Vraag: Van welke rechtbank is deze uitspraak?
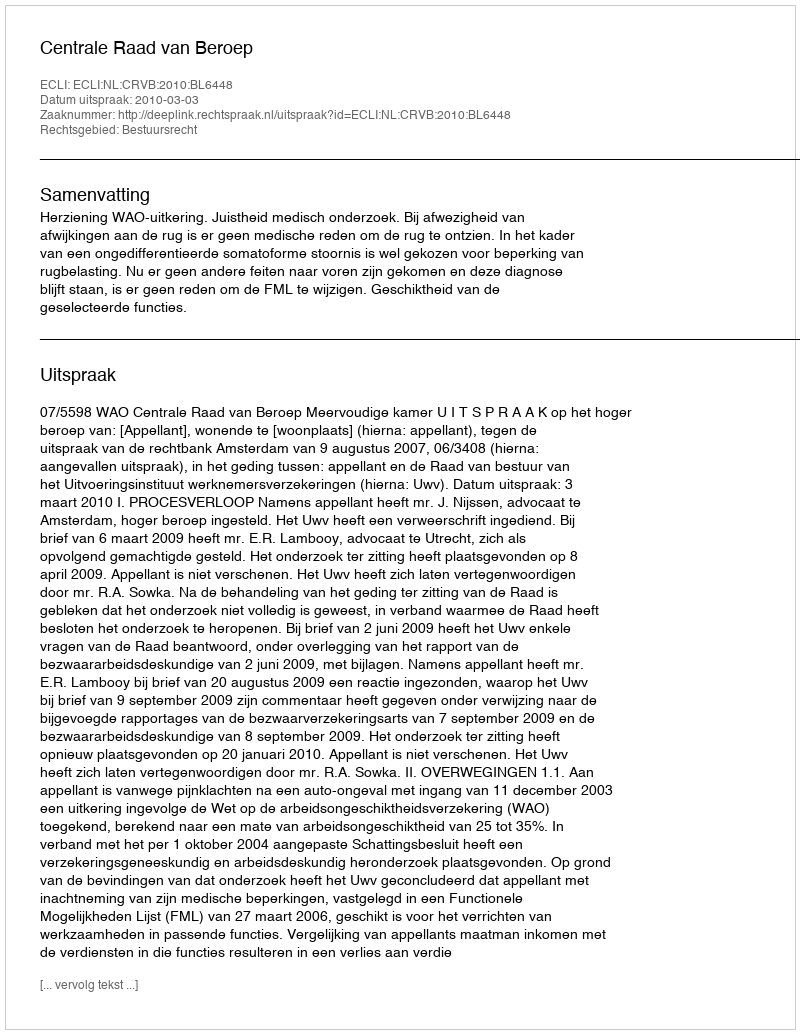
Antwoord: Centrale Raad van Beroep